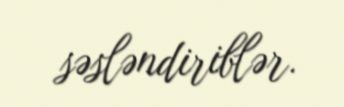
səsləndiriblər.